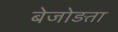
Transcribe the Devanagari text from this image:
बेजोड़ता